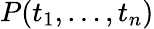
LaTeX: P(t_{1},\ldots,t_{n})